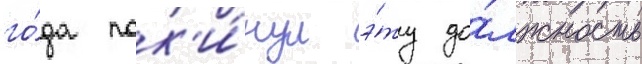
го́да пок'и́нул э́ту до́лжность